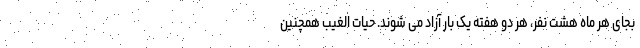
بجای هر ماه هشت نفر، هر دو هفته یک بار آزاد می شوند. حیات الغیب همچنین